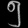
Digit: ၅